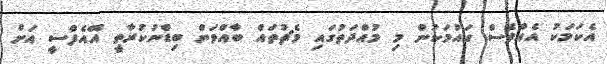
އެކަމަކު އެއްވެސް ގައުމަކުން މި މުއްދަތުގައި މެޗުތައް ބާއްވަން ބިޑްނުކުރާތީ އޭއެފްސީ އަށް